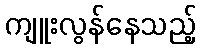
ကျူးလွန်နေသည့်